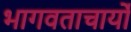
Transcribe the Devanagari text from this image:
भागवताचार्यों